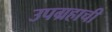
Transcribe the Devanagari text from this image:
उपग्रहाची